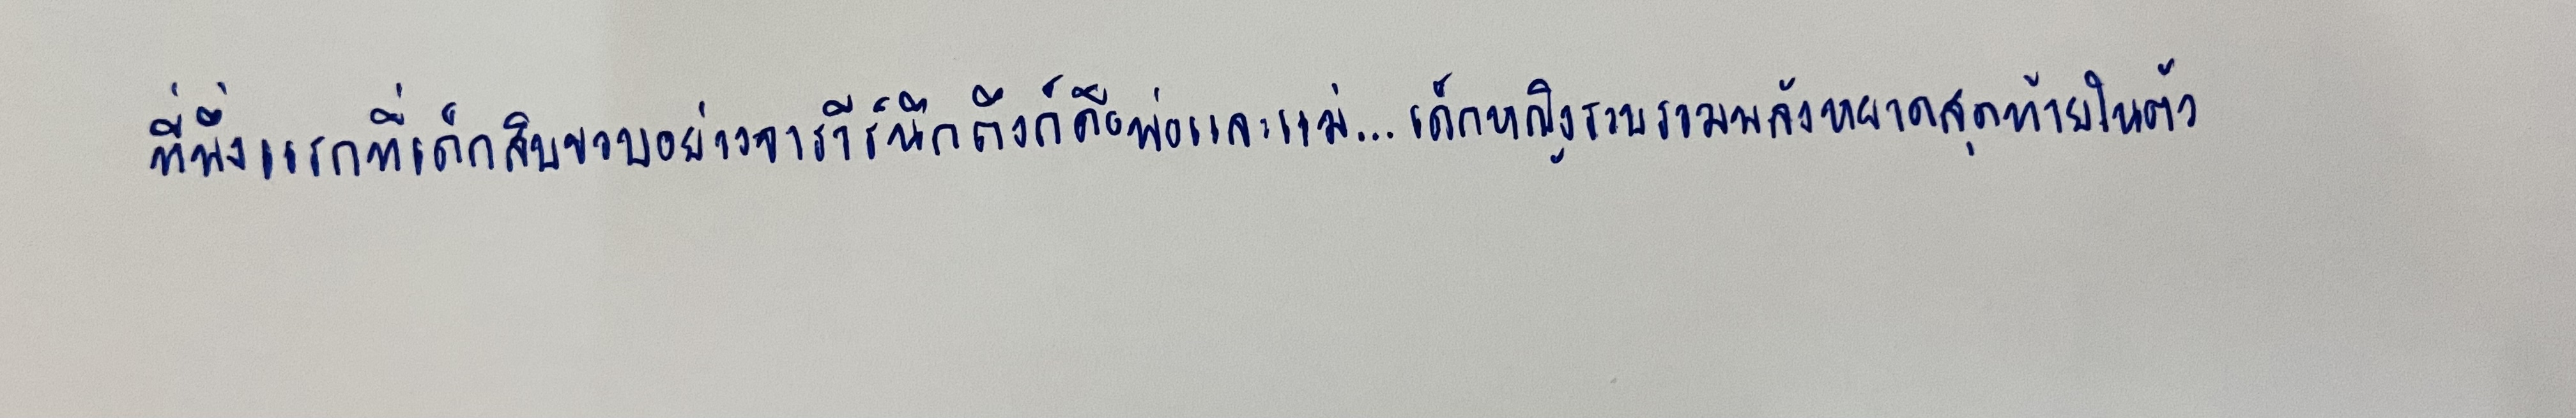
ที่พึ่งแรกที่เด็กสิบขวบอย่างจารวีร์นึกถึงก็คือพ่อและแม่...เด็กหญิงรวบรวมพลังหยาดสุดท้ายในตัว